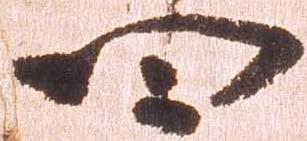
四